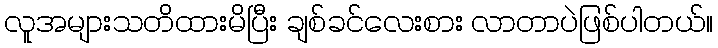
လူအများသတိထားမိပြီး ချစ်ခင်လေးစား လာတာပဲဖြစ်ပါတယ်။